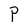
Character: P